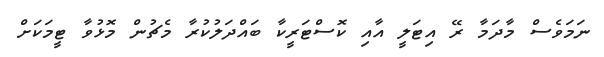
ނަމަވެސް މާދަމާ ރޭ އިޓަލީ އާއި ކޮސްޓަރީކާ ބައްދަލުކުރާ މެޗުން މޮޅުވާ ޓީމަކަށް